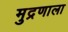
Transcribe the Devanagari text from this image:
मुद्रणाला